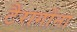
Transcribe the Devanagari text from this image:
टैरागोना